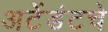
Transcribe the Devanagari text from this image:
अटेंडंटचे